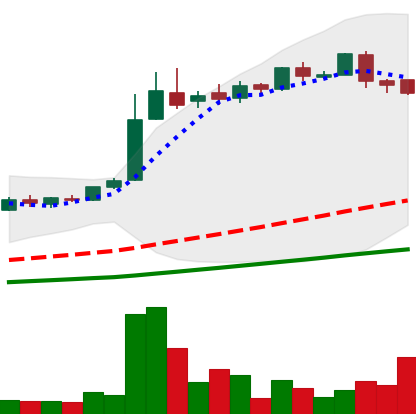
Ticker: LTC-USD
Chart end date: 2016-06-09
Forward return: 10.886%
Label: up_7plus